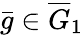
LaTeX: \bar{g}\in\overline{{G}}_{1}